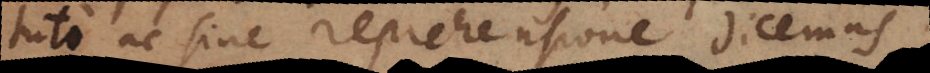
tuto ac sine reprehensione dicemus.